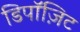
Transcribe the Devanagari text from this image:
डिपॉज़िट